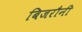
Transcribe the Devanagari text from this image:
बिजरौनी